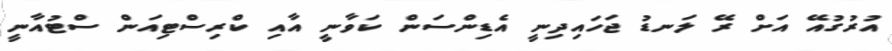
އުރުގުއޭ އަށް ރޭ ލަނޑު ޖަހައިދިނީ އެޑިންސަން ކަވާނީ އާއި ކްރިސްޓިއަން ސްޓުއާނީ